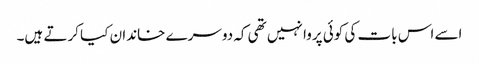
اسے اس بات کی کوئی پروا نہیں تھی کہ دوسرے خاندان کیا کرتے ہیں۔